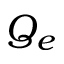
Q _ { e }